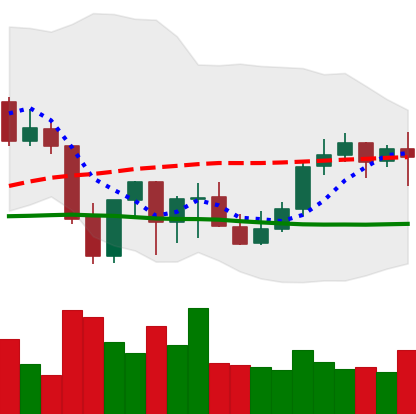
Ticker: LINK-USD
Chart end date: 2021-10-06
Forward return: -5.882%
Label: down_5_7